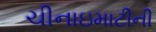
ચીનાઇમાટીની